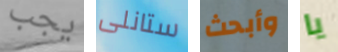
يجب ستانلى وأبحث يا